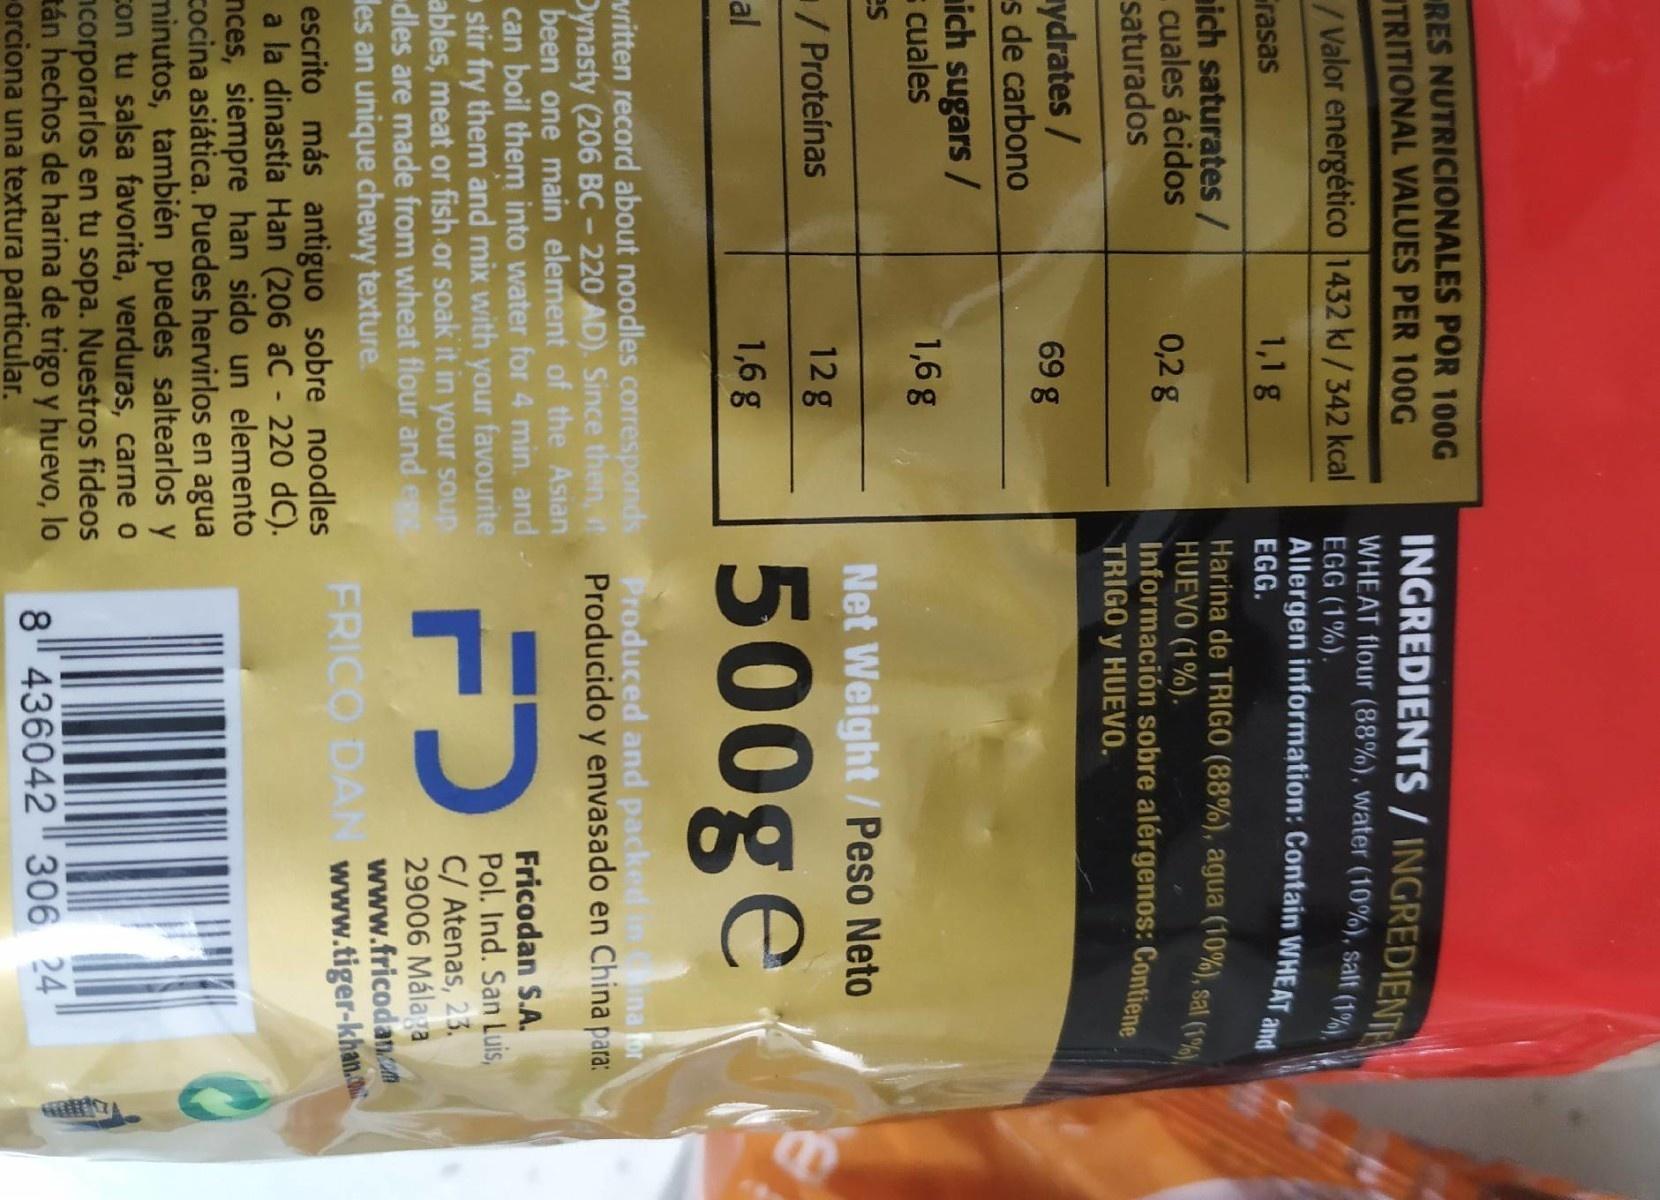
RES NUTRICIONALES POR 100G TRITIONAL VALUES PER 100G
INGREDIENTS / INGREDIENT WHEAT flour (88%), water (10%), salt (1%), V
/ Valor energético 1432 kl/342 kcal
EGG (1%). Allergen information: Contain WHEAT
Grasas
1,1 g
EGG.
and
ich saturates / cuales ácidos saturados
Harina de TRIGO (88%), agua (10%), sat (19% HUEVO (1%). Información sobre alérgenos: Contiene TRIGO y HUEVO.
0,2 g
ydrates / s de carbono ich sugars / s cuales
69 g
1,6 g
es
Net Weight/Peso Neto
/Proteínas
12g
500ge
al
1,6 g
vritten record about noodles corresponds Produced and packed in Dynasty (206 BC - 220 AD). Since then, Producido y envasado en China para: been one main element of the Asian can boil them into water for 4 min. and stir fry them and mix with your favourite ables, meat or fish or soak it in your soup dles are made from wheat flour and e les an unique chewy texture.
ina for
Fricodan S.A. Pol. Ind. San Luis, C/ Atenas, 23. 29006 Málaga www.fricodanm FRICO DAN www.tiger-khan.
FD
escrito más antiguo sobre noodles a la dinastía Han (206 aC - 220 dC). nces, siempre han sido un elemento zocina asiática. Puedes hervirlos en agua minutos, también puedes saltearlos y con tu salsa favorita, verduras, carne o ncorporarlos en tu sopa. Nuestros fideos tán hechos de harina de trigo y huevo, lo orciona una textura particular.
8 436042 " 306 24